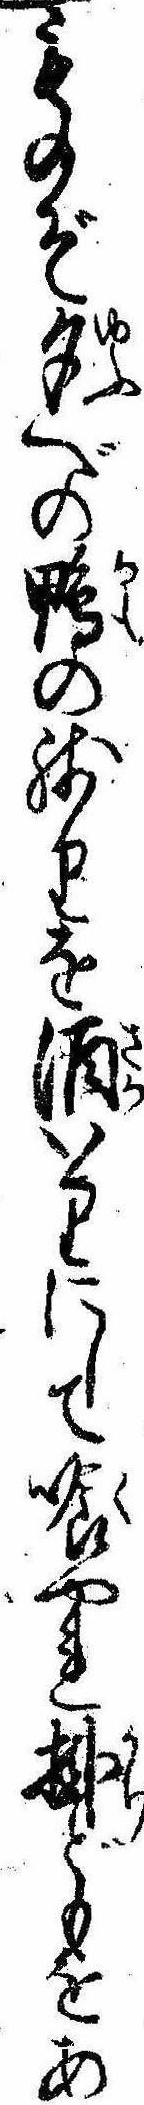
ものぞ夕べの鴨の残りを酒いりにして喰やれ掛どもをあ